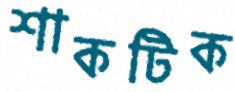
শাকটিক